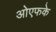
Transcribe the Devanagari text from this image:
ओएफके